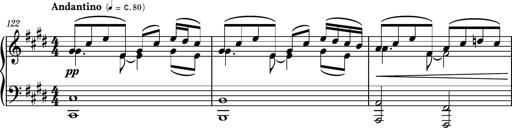
Title: Piano Sonatina No.6
Composer: Dimitri Sykias
Key: A major